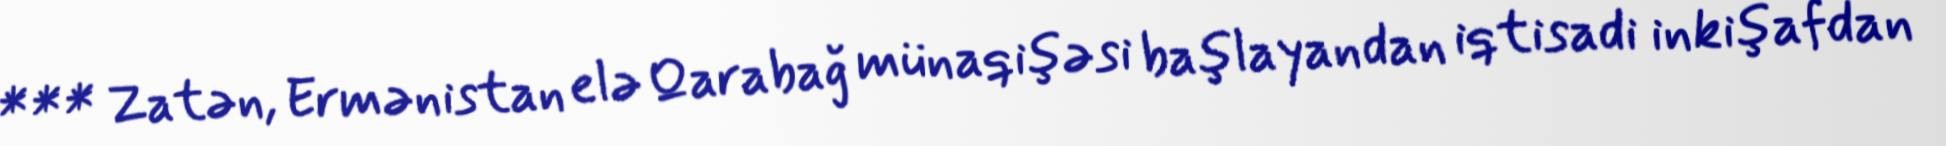
*** Zatən, Ermənistan elə Qarabağ münaqişəsi başlayandan iqtisadi inkişafdan